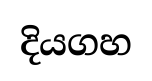
දියගහ